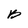
Character: B